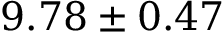
9 . 7 8 \pm 0 . 4 7